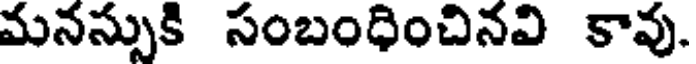
మనస్సుకి సంబంధించినవి కావు.